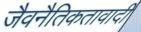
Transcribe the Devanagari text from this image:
जैवनैतिकतावादी